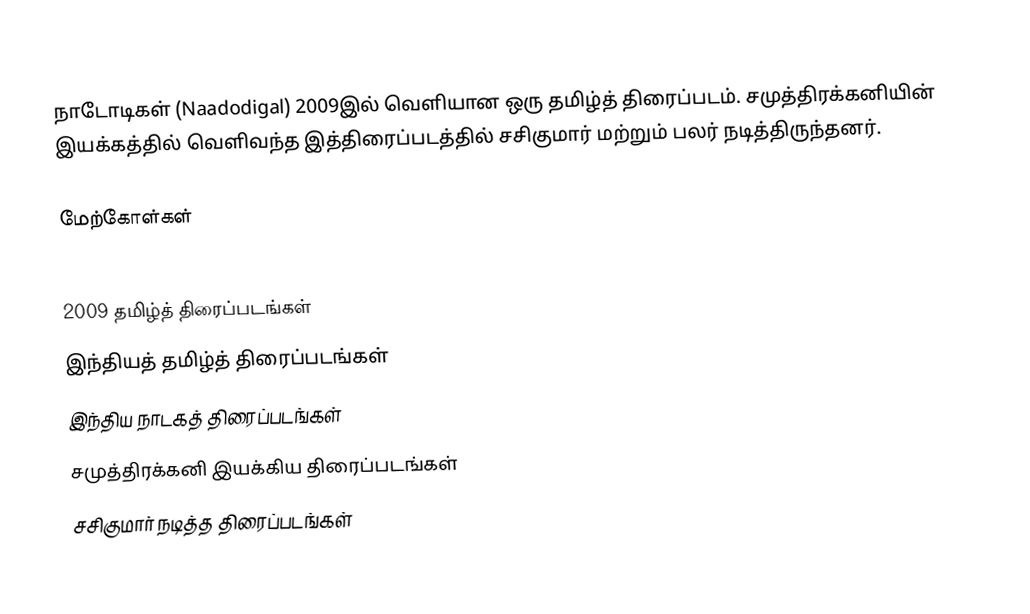
நாடோடிகள் (Naadodigal) 2009இல் வெளியான ஒரு தமிழ்த் திரைப்படம். சமுத்திரக்கனியின் இயக்கத்தில் வெளிவந்த இத்திரைப்படத்தில் சசிகுமார் மற்றும் பலர் நடித்திருந்தனர்.

மேற்கோள்கள்

2009 தமிழ்த் திரைப்படங்கள்
இந்தியத் தமிழ்த் திரைப்படங்கள்
இந்திய நாடகத் திரைப்படங்கள்
சமுத்திரக்கனி இயக்கிய திரைப்படங்கள்
சசிகுமார் நடித்த திரைப்படங்கள்